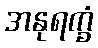
အနုရက္ခံ